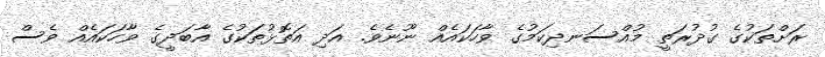
ރަށްތަކުގެ ގުދުރަތީ މުއްސަނދިކަމުގެ ވާހަކައެއް ނޫނެވެ. އަދި އަތޮޅުތަކުގެ އާބަދީގެ ވާހަކައެއް ވެސް